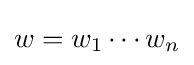
w=w_{1}\cdots w_{n}